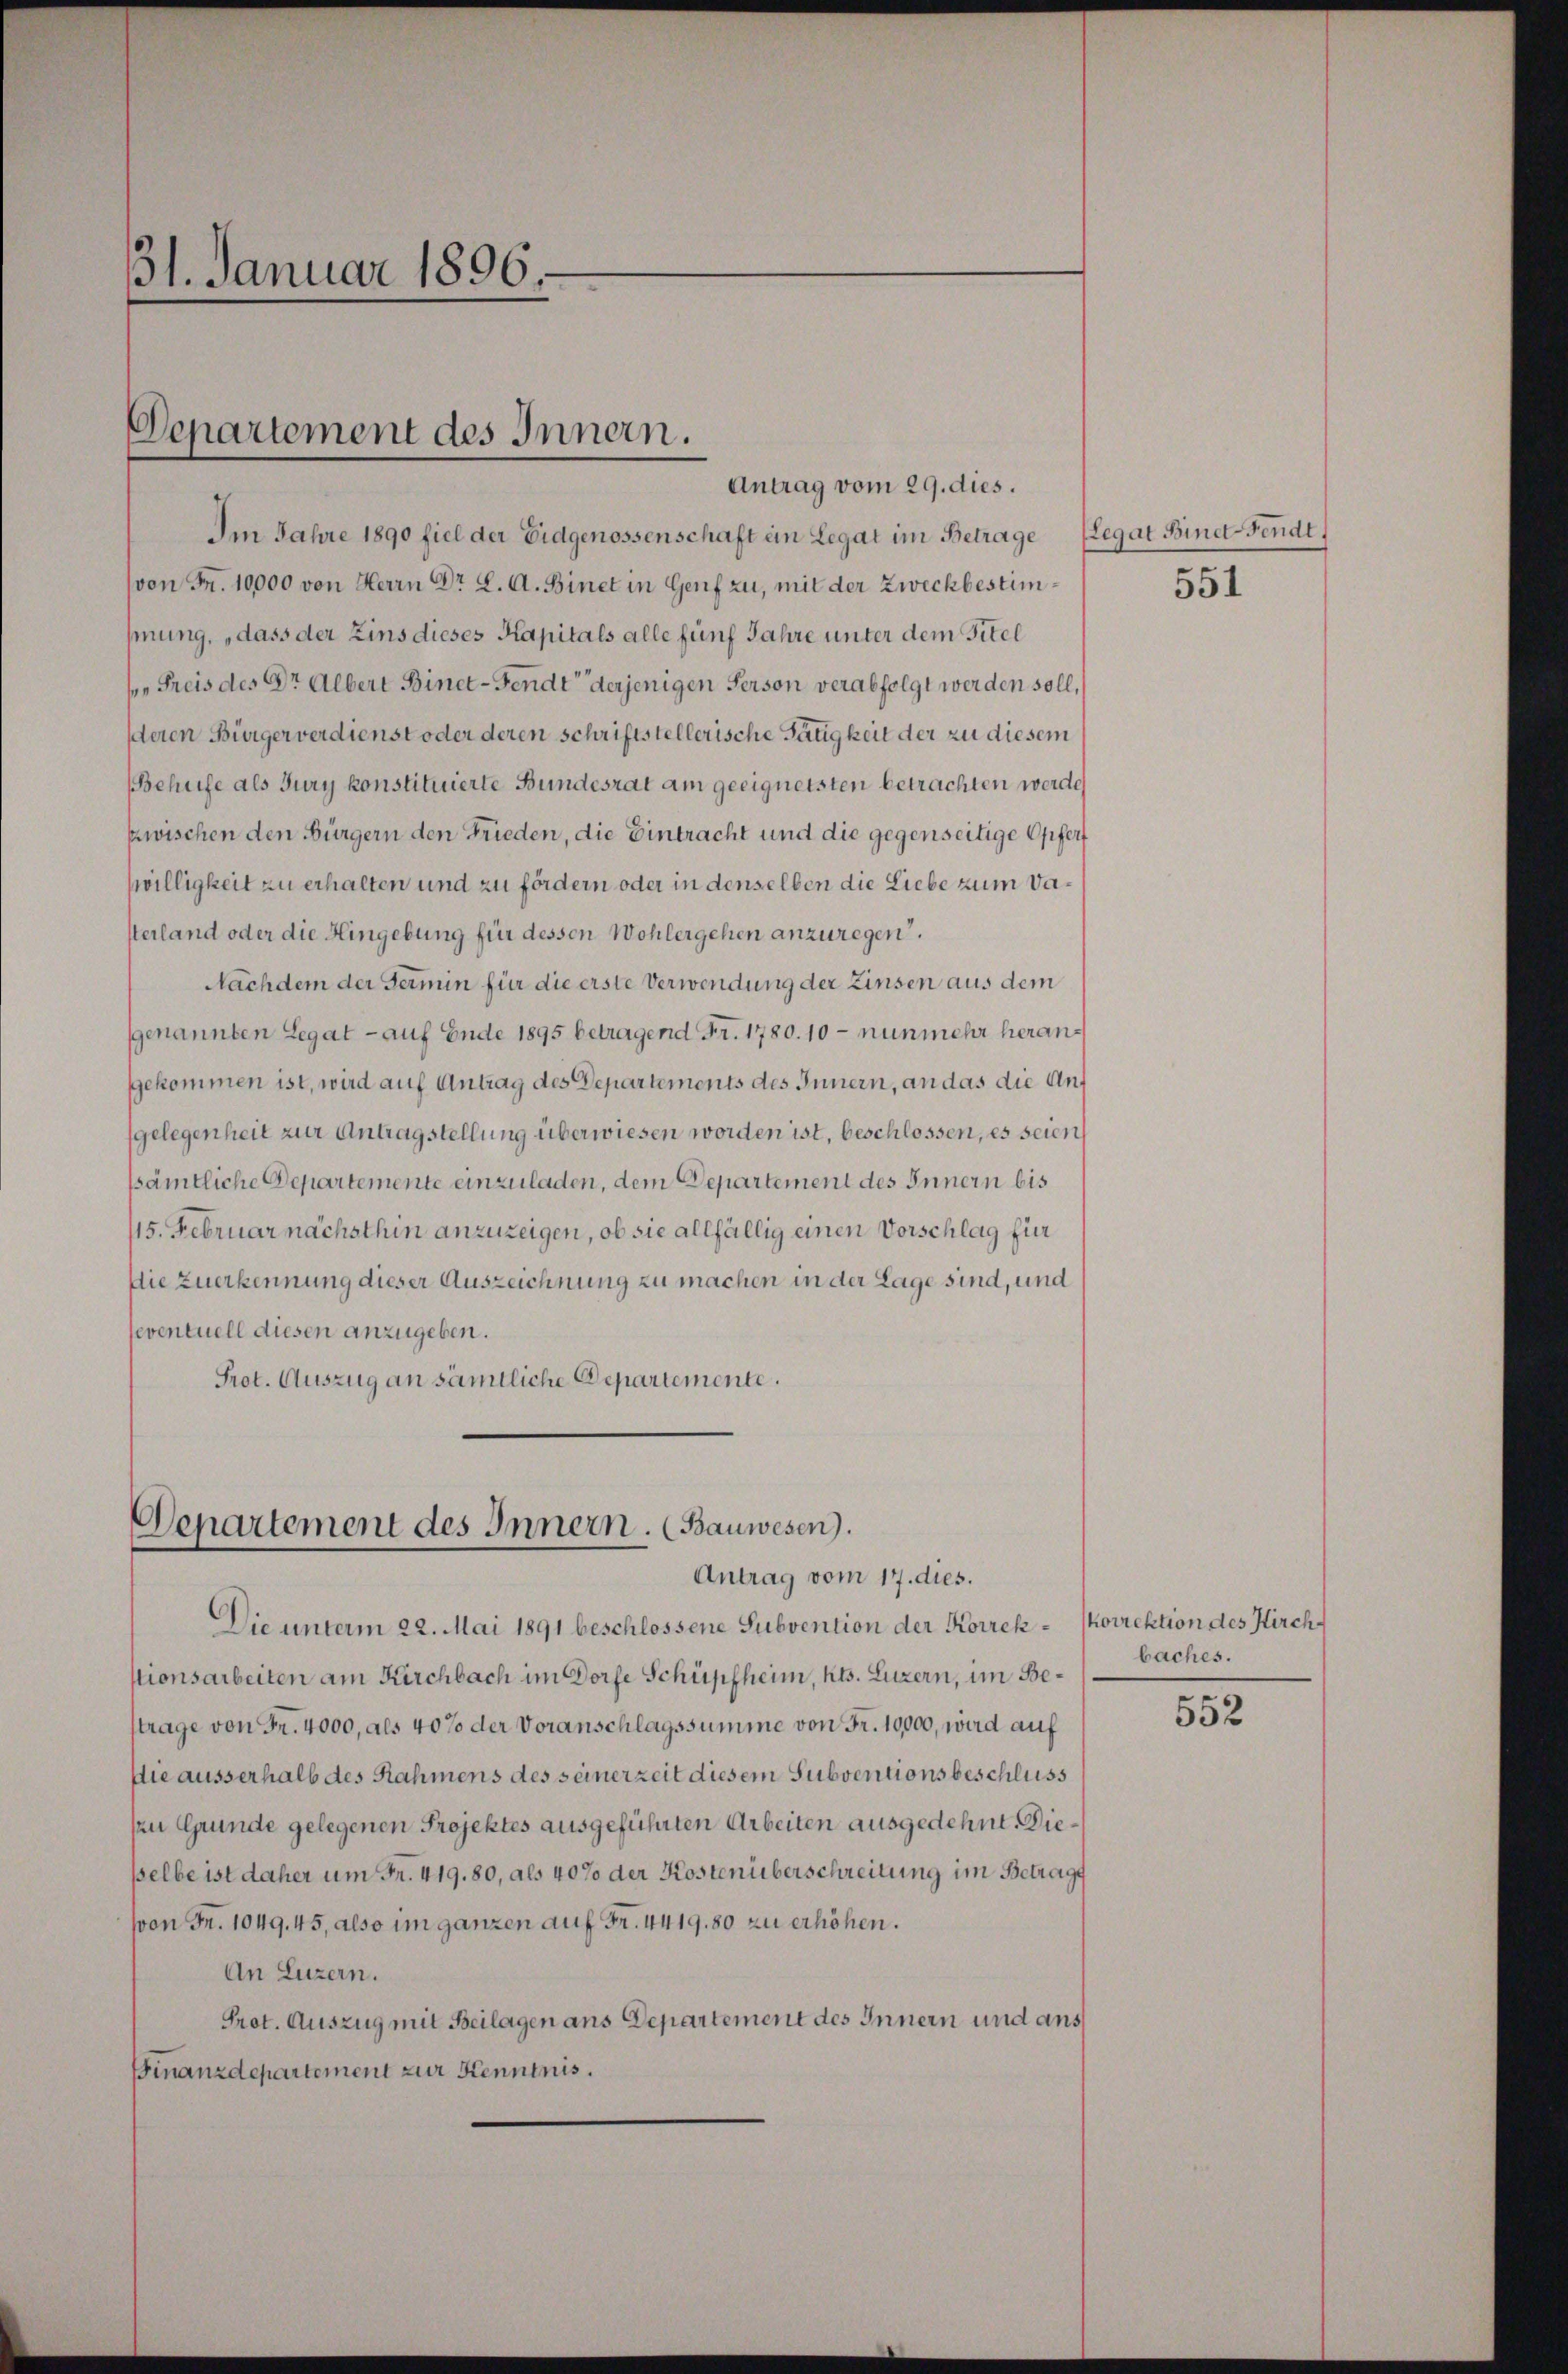
31. Januar 1896

Departement des Innern.
Antrag vom 29. dies.

Im Jahre 1890 fiel der Eidgenossenschaft ein Legat im Betrage (Legat Binet-Fendt,
(von Fr. 10000 von Herrn Dr. L. A. Binet in Genf zu, mit der Zweckbestimhnung, „dass der Zins dieses Kapitals alle fünf Jahre unter dem Titel
Freis des Dr Albert Binet-Fendt derjenigen Person verabfolgt werden soll,
deren Bürger verdienst oder deren schriftstellerische Tätigkeit der zu diesem
Behufe als Jury konstituierte Bundesrat am geeignetsten betrachten werde
zwischen den Bürgern den Frieden, die Eintracht und die gegenseitige Offert
willigkeit zu erhalten und zu fördern oder in denselben die Liebe zum Va¬
Verland oder die Hingebung für dessen Wohlergehen anzuregen.
Nachdem der Termin für die erste Verwendung der Zinsen aus dem
genannten Legat - auf Ende 1895 betragend Fr. 1780. 10 - nunmehr heranggekommen ist, wird auf Antrag des Departements des Innern, an das die Auf
gelegenheit zur Antragstellung überwiesen worden ist, beschlossen, es seien
ssämtliche Departemente einzuladen, dem Departement des Innern bis
15. Februar nächsthin anzuzeigen, ob sie allfällig einen Vorschlag für
Die zuerkennung dieser Auszeichnung zu machen in der Lage sind, und
seventuell diesen anzugeben.
Prot. Auszug an sämtliche Departemente.

Departement des Innern. (Bauwesen).
Antrag vom 17. dies.

Die unterm 22. Mai 1891 beschlossene Subvention der Korrek-korrektion des Kirchstionsarbeiten am Kirchbach im Dorfe Schüpfheim, Kts. Luzern, im Bestrage von Fr. 4000, als 40% der Voranschlagssumme von Fr. 10,000, wird auf
Die ausserhalb des Rahmens des seinerzeit diesem Subventionsbeschluss
zu Grunde gelegenen Projektes ausgeführten Arbeiten ausgedehnt. Dieselbe ist daher um Fr. 419. 80, als 40% der Kostenüberschreitung im Betrags
von Fr. 1049. 45, also im ganzen auf Fr. 4419. 80 zu erhöhen.
An Luzern.
Prot. Auszug mit Beilagen ans Departement des Innern und ans
FFinanzdepartement zur Kenntnis.

551

baches.
2

552